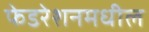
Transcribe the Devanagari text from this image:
फेडरेशनमधील